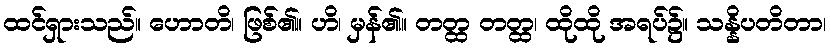
ထင်ရှားသည်။ ဟောတိ၊ ဖြစ်၏။ ဟိ၊ မှန်၏။ တတ္ထ တတ္ထ၊ ထိုထို အရပ်၌။ သန္နိပတိတာ၊